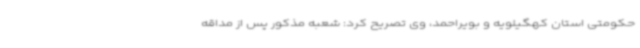
حکومتی استان کهگیلویه و بویراحمد، وی تصریح کرد: شعبه مذکور پس از مداقه